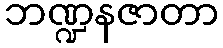
ဘဏ္ဍနဇာတာ